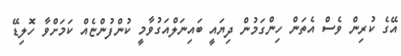
އޭގެ ކުރިން ވެސް އެތަން ހިންގަމުން ދިޔައީ ބައިނަލްއަގުވާމީ ކުންފުންޏެއް ކަމަށްވާ ހޮލިޑޭ